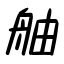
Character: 舳